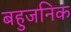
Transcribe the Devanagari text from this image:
बहुजनिक